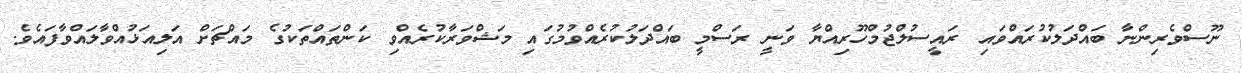
ނޫސްވެރިންނާ ބައްދަލުކުރައްވައި ރައީސުލްޖުމްހޫރިއްޔާ ވަނީ ރަސްމީ ބައްދަލުކުރެއްވުމުގައި މަޝްވަރާކުރެއްވި ކަންތައްތަކުގެ މައްޗަށް އަލިއަޅުއްވާލައްވާފައެވެ.